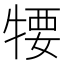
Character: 𤚘